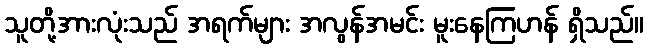
သူတို့အားလုံးသည် အရက်များ အလွန်အမင်း မူးနေကြဟန် ရှိသည်။